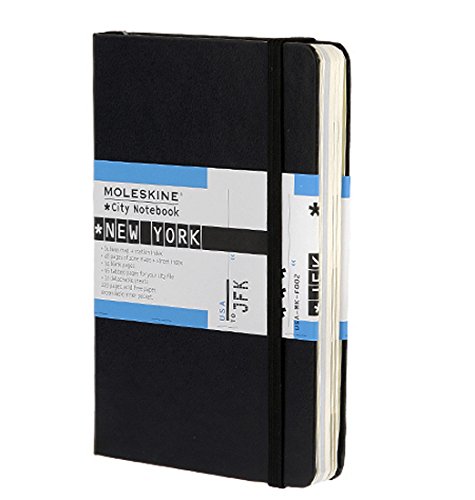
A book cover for Moleskine City Notebook - New York, Pocket, Black, Hard Cover (3.5 x 5.5) (City Notebooks); Moleskine; Travel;